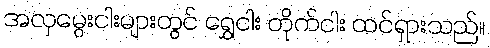
အလှမွေးငါးများတွင် ရွှေငါး တိုက်ငါး ထင်ရှားသည်။